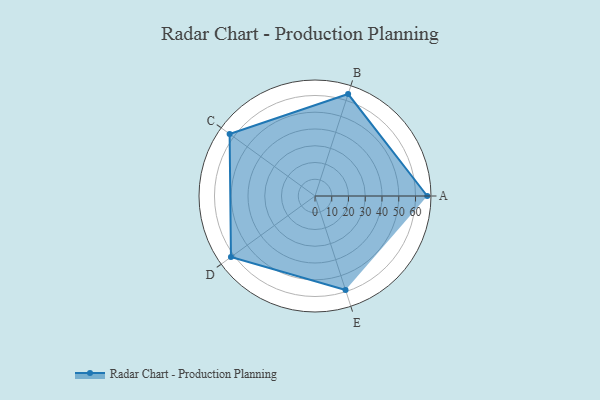
{"axis": {"x": "Skill", "y": "Score"}, "legend": ["Profile"], "data": [{"x": "A", "y": 67.0, "type": "Profile"}, {"x": "B", "y": 64.0, "type": "Profile"}, {"x": "C", "y": 63.0, "type": "Profile"}, {"x": "D", "y": 62.0, "type": "Profile"}, {"x": "E", "y": 59.0, "type": "Profile"}]}